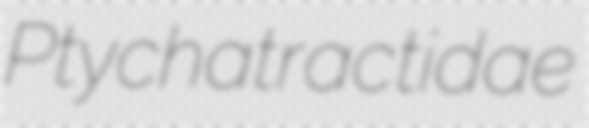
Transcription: Ptychatractidae